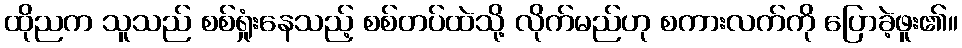
ထိုညက သူသည် စစ်ရှုံးနေသည့် စစ်တပ်ထဲသို့ လိုက်မည်ဟု စကားလက်ကို ပြောခဲ့ဖူး၏။